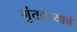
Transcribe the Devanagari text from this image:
गुंतवण्याचे